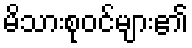
မိသားစုဝင်များ၏